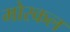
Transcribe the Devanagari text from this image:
मोरकल